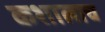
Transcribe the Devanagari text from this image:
कशालाच